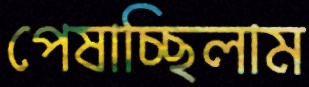
পেষাচ্ছিলাম